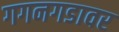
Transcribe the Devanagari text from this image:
गगनगडावर